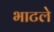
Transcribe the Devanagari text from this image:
भाटले